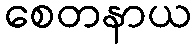
စေတနာယ